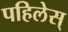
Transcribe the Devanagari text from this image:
पहिलेस्